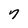
Character: 7